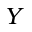
Y